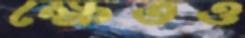
ক্ষেতও